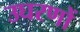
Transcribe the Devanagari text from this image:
उघरणों